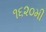
૧૬૨૦મી